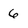
Character: 6